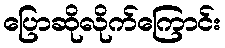
ပြောဆိုလိုက်ကြောင်း